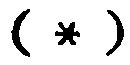
( *)